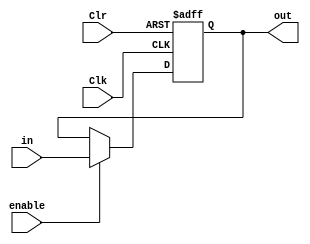
module register_8bit(output reg[7:0] out, input wire[7:0] in, input wire enable, Clr, Clk);

always @ (posedge Clk, posedge Clr)
	if(Clr) 			// Clr = 1, writes 0 on every bit of the register
		out <= 32'h00000000;
	else if(enable) 
		out <= in; 
endmodule